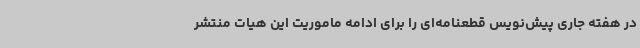
در هفته جاری پیش‌نویس قطعنامه‌ای را برای ادامه ماموریت این هیات منتشر